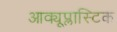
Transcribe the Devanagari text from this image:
आक्यूप्लास्टिक